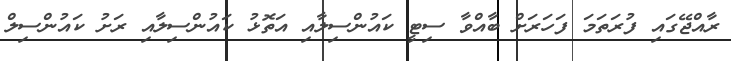
ރާއްޖޭގައި ފުރަތަމަ ފަހަރަށް ބާއްވާ ސިޓީ ކައުންސިލާއި އަތޮޅު ކައުންސިލާއި ރަށު ކައުންސިލް